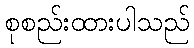
စုစည်းထားပါသည်